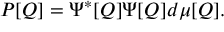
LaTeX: { \cal P } [ Q ] = \Psi ^ { * } [ Q ] \Psi [ Q ] d \mu [ Q ] .